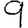
Digit: 9